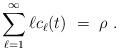
LaTeX: \begin{align*}\sum_{\ell=1}^\infty \ell c_\ell(t) \ = \ \rho \ .\end{align*}